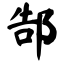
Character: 郜